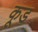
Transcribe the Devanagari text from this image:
कूड